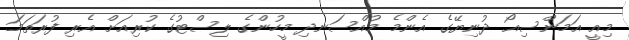
މިއީ އަމަންސިއޯ ދުނިޔޭގެ އެންމެ މުއްސަނދި މީހުންގެ ލިސްޓުގެ ކުރިއަށް އެރި ފުރަތަމަ